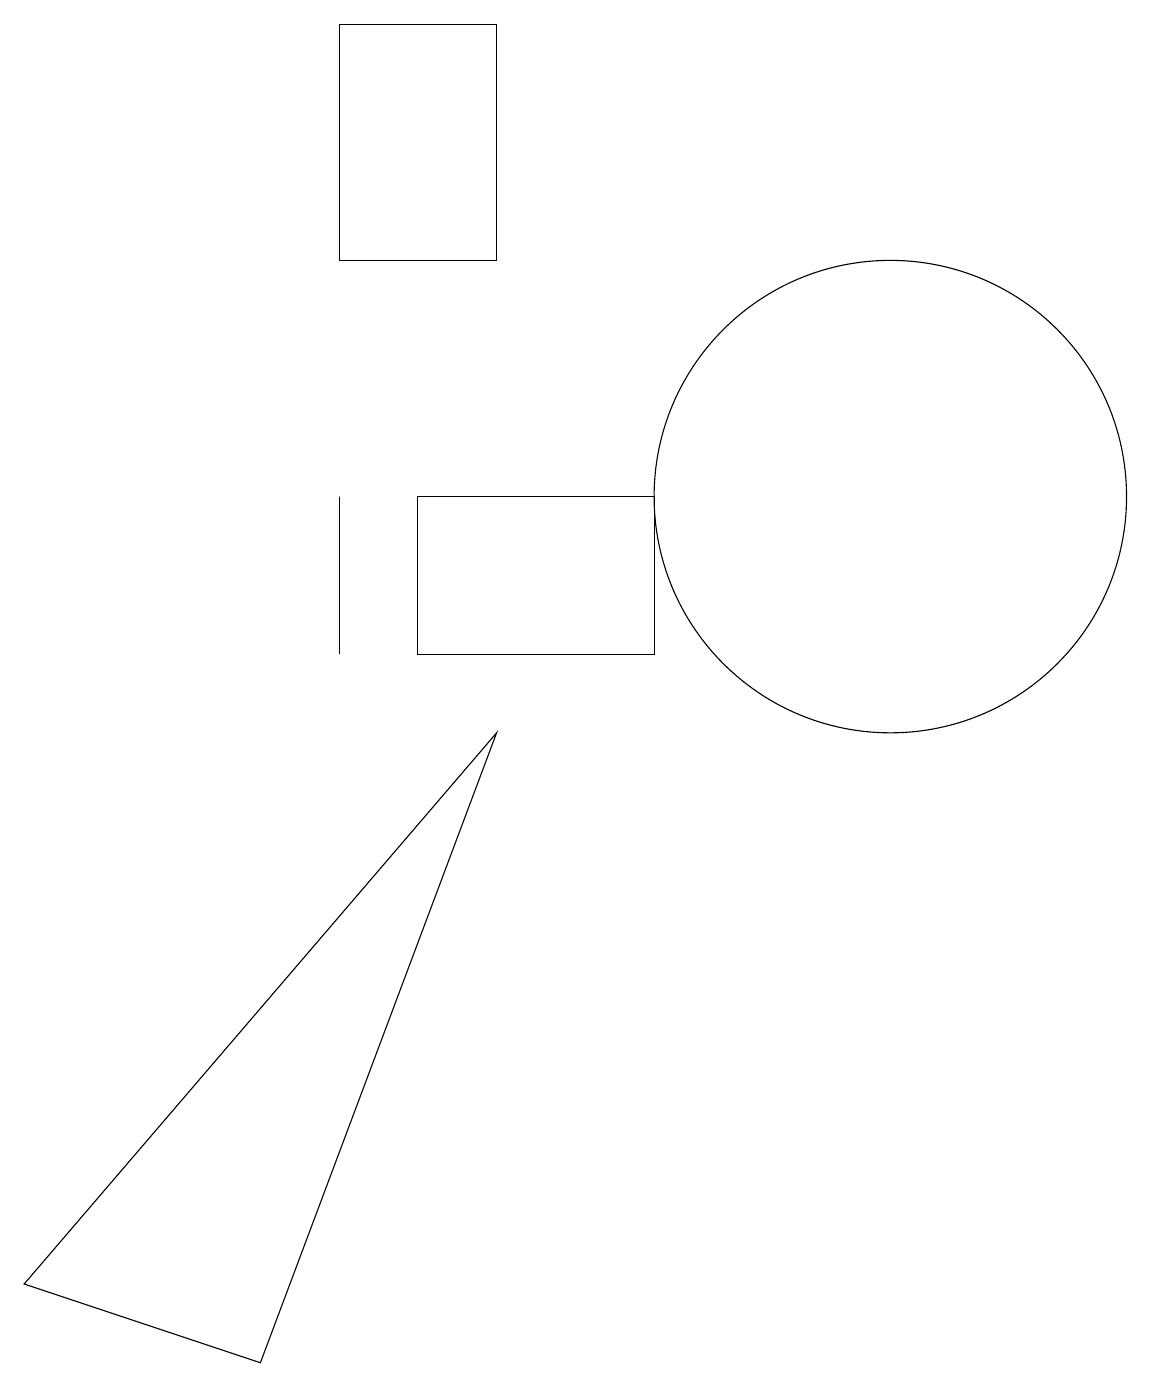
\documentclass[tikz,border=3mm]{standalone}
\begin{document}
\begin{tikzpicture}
\draw (7,18) rectangle (5,15);
\draw (5,12) rectangle (5,10);
\draw (1,2) -- (4,1) -- (7,9) -- cycle;
\draw (12,12) circle (3);
\draw (9,12) rectangle (6,10);
\draw (11,11) circle (0);
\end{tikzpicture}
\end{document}